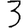
Digit: 3